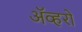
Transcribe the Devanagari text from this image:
ॲव्हरो